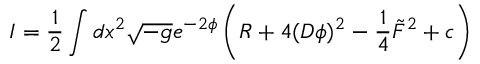
I = \frac { 1 } { 2 } \int d x ^ { 2 } \sqrt { - g } e ^ { - 2 \phi } \left( R + 4 ( D \phi ) ^ { 2 } - \frac { 1 } { 4 } \tilde { F } ^ { 2 } + c \right)